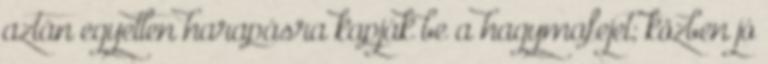
aztán egyetlen harapásra kapják be a hagymafejet; közben jó